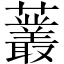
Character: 䕺